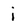
Character: i